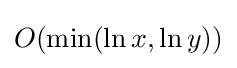
O(\min(\ln x,\ln y))